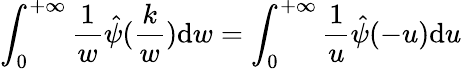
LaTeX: \int_{0}^{+\infty}\frac{1}{w}\hat{\psi}(\frac{k}{w})\mathrm{d}w=\int_{0}^{+\infty}\frac{1}{u}\hat{\psi}(-u)\mathrm{d}u